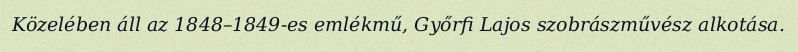
Közelében áll az 1848–1849-es emlékmű, Győrfi Lajos szobrászművész alkotása.